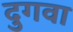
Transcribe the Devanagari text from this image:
दुगवा